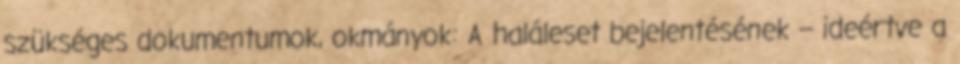
szükséges dokumentumok, okmányok: A haláleset bejelentésének – ideértve a